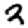
Digit: 3